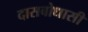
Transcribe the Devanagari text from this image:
दासबोधासी